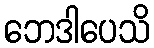
ဘေဒါပေသိ